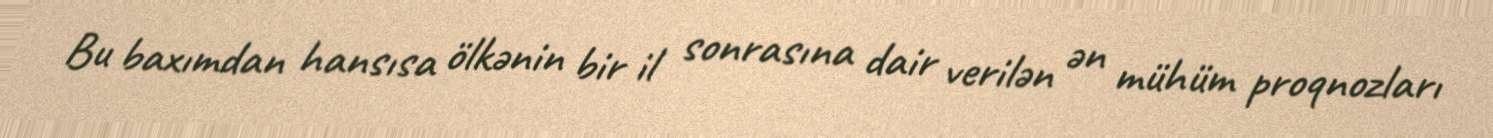
Bu baxımdan hansısa ölkənin bir il sonrasına dair verilən ən mühüm proqnozları